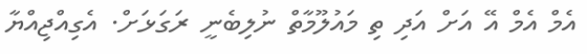
އެމް އެމް އޭ އަށް އަދި ތި މައުލޫމާތް ނުލިބެނީ ރަގަޅަށް. އެގިއްޖިއްޔާ